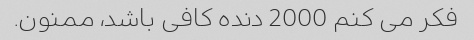
فکر می کنم 2000 دنده کافی باشد، ممنون.